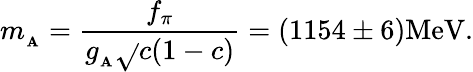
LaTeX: m_{_\mathbf{A}}=\frac{{f_{\pi}}}{{g_{_\mathbf{A}}\sqrt{}{{c(1-c)}}}}=(1154\pm6)\mathrm{{MeV}}.